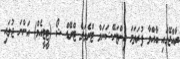
ރާއްޖޭގައި ބާއްވާ ފުރަތަމަ އިންޓަނޭޝަނަލް ޓްރެވަލް ޓްރޭޑް ޝޯ (ޓީޓީއެމް) އަންނަ ޖުލައި